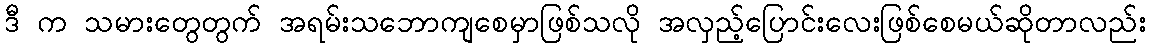
ဒီ က သမားတွေတွက် အရမ်းသဘောကျစေမှာဖြစ်သလို အလှည့်ပြောင်းလေးဖြစ်စေမယ်ဆိုတာလည်း